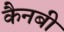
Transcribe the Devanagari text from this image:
कैनबी